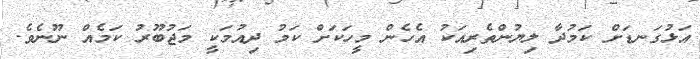
އަޅުގަނޑަށް ކަމުދާ ލިޔުންތެރިއަކު އެހެން މީހަކަށް ކަމު ދިއުމަކީ މަޖުބޫރު ކަމެއް ނޫނެވެ.